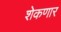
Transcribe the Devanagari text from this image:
शेकणार